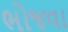
ભોજવા